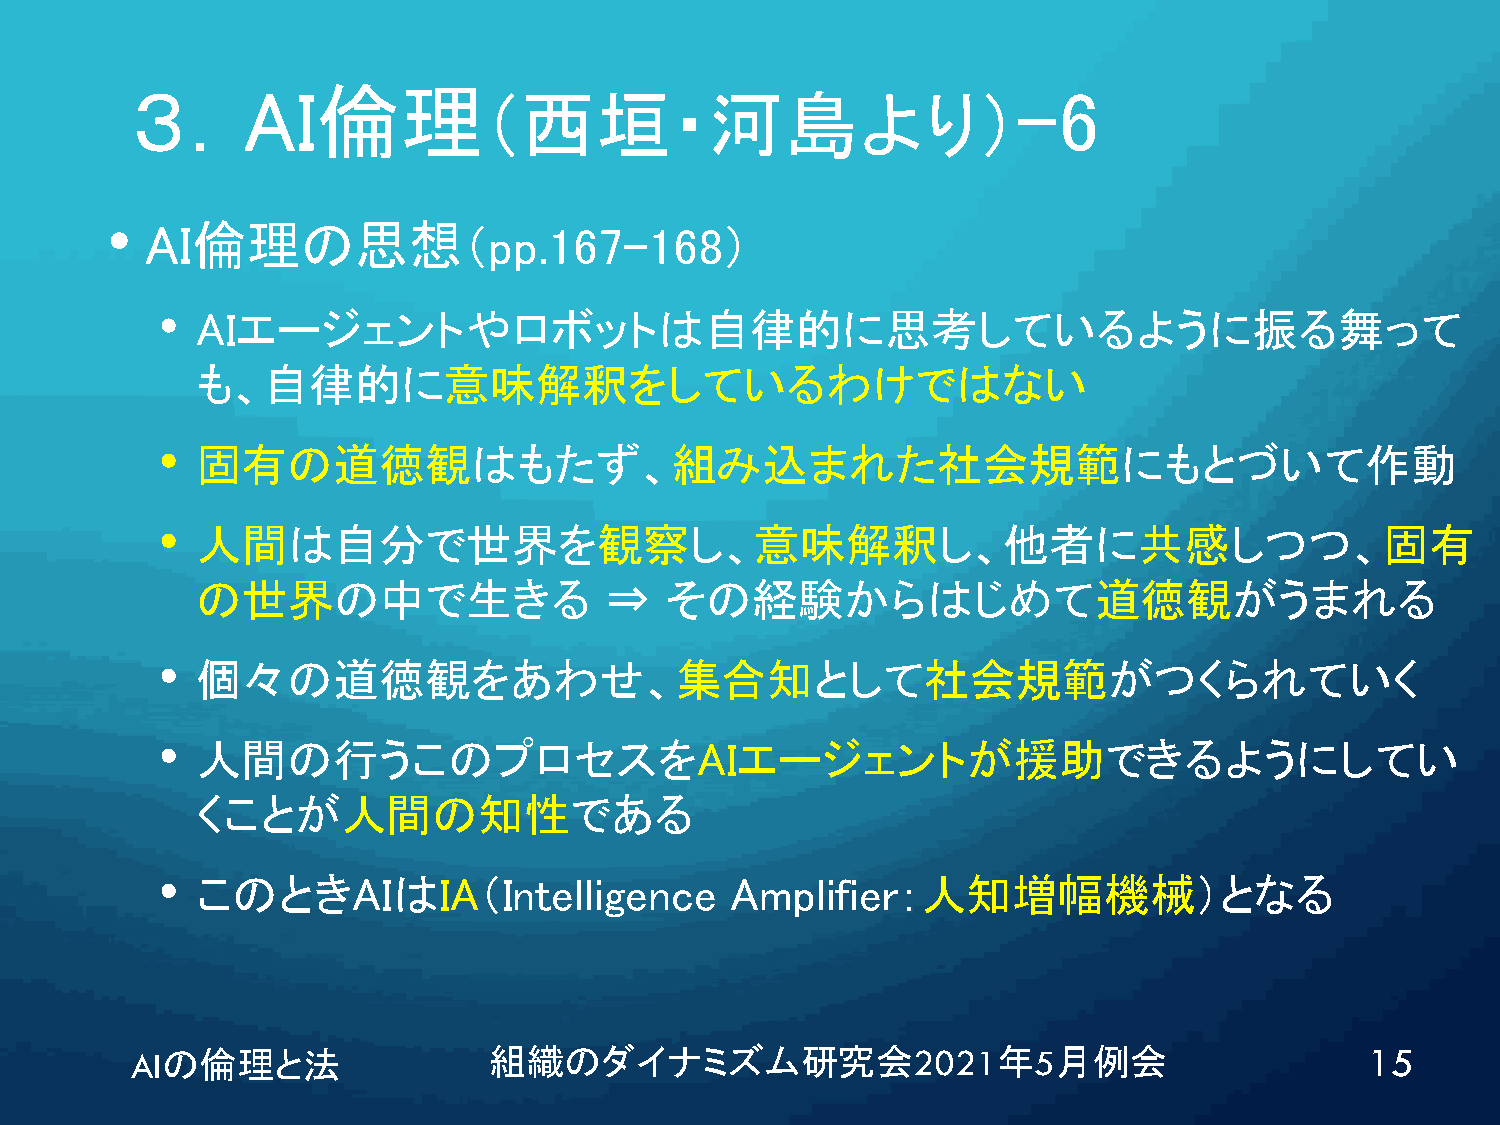
３．AI倫理                                                    -6
 （西垣・河島より）
 •
 AI倫理の思想（pp.167-168）
 •  AIエージェントやロボットは自律的に思考しているように振る舞って
 も、自律的に意味解釈をしているわけではない
 •  固有の道徳観はもたず、組み込まれた社会規範にもとづいて作動
 •  人間は自分で世界を観察し、意味解釈し、他者に共感しつつ、固有
 の世界の中で生きる                  ⇒   その経験からはじめて道徳観がうまれる
 •  個々の道徳観をあわせ、集合知として社会規範がつくられていく
 •  人間の行うこのプロセスをAIエージェントが援助できるようにしてい
 くことが人間の知性である
 •  このときAIはIA（Intelligence             Amplifier：人知増幅機械）となる
 AIの倫理と法                組織のダイナミズム研究会2021年5月例会                                      15